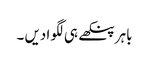
باہر پنکھے ہی لگوا دیں ۔